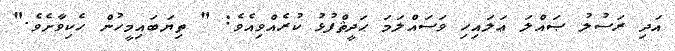
އަދި ރަސުލު ޞައްލަ ޢަލައިހި ވަސައްލަމަ ޙަދީޘްފުޅު ކުރެއްވިއެވެ: " ތިޔަބައިމީހުން ހެކިވާށެވެ."